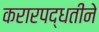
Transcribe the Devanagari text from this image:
करारपद्धतीने